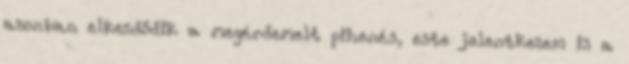
azonban elkezdődik a megérdemelt pihenés, este jelentkezem is a